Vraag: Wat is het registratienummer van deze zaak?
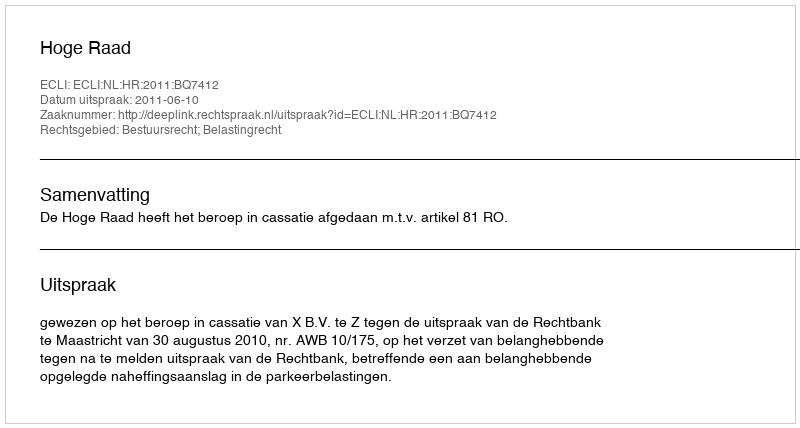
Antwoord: http://deeplink.rechtspraak.nl/uitspraak?id=ECLI:NL:HR:2011:BQ7412